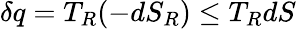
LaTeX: \delta q=T_{R}(-dS_{R})\leq T_{R}dS